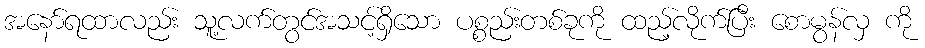
အနော်ရထာလည်း သူ့လက်တွင်အသင့်ရှိသော ပစ္စည်းတစ်ခုကို ထည့်လိုက်ပြီး စောမွန်လှ ကို